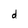
Character: d